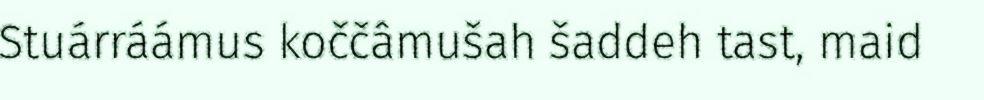
Stuárráámus koččâmušah šaddeh tast, maid